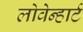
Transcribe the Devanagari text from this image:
लोवेन्हार्ट